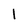
Character: 1